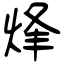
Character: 烽